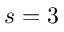
s = 3